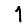
Digit: 1